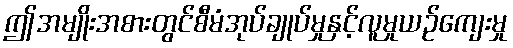
ဤအမျိုးအစားတွင်စီမံအုပ်ချုပ်မှုနှင့်လူမှုယဉ်ကျေးမှု